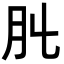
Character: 𦘳